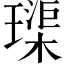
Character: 璖